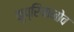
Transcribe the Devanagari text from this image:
कुप्रियानोव